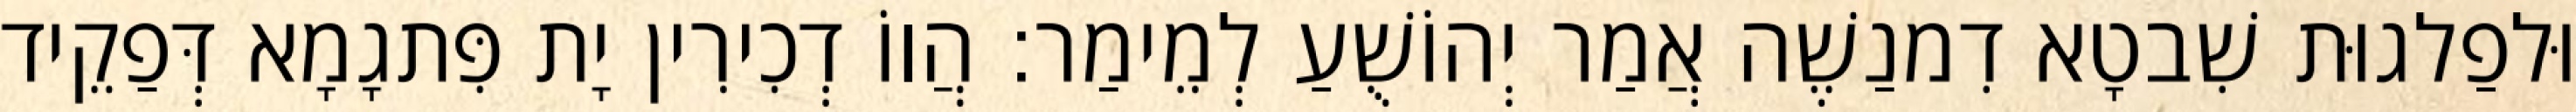
וּלפַלגוּת שִׁבטָא דִמנַשֶׁה אֲמַר יְהוֹשֻׁעַ לְמֵימַר׃ הֲווֹ דְכִירִין יָת פִּתגָמָא דְּפַקֵיד